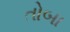
તોબા